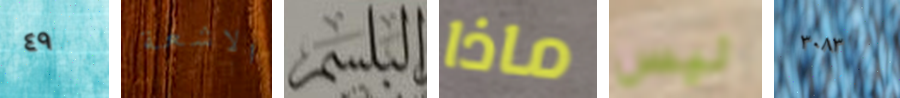
٤٩ الاشعة البلسم ماذا ليس ٣٠٨٣